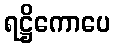
ရဋ္ဌိကောပေ